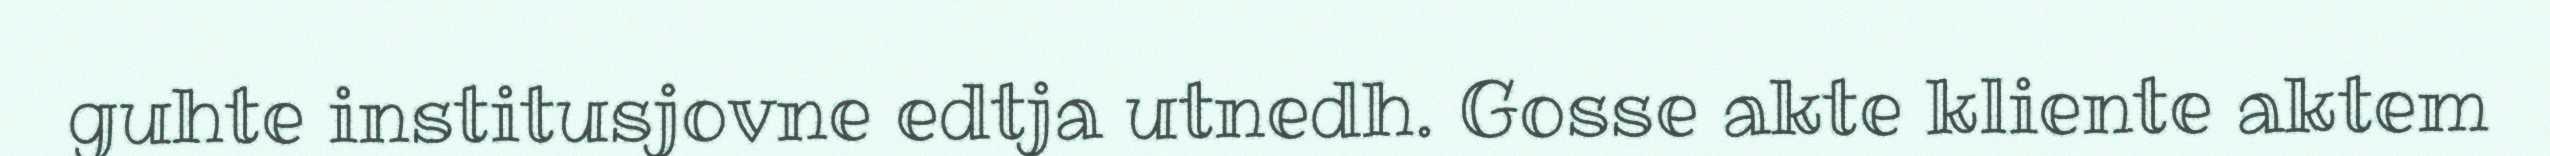
guhte institusjovne edtja utnedh. Gosse akte kliente aktem